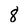
Character: 8